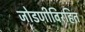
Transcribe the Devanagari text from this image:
जोडणीविरहित